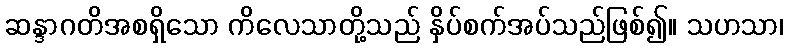
ဆန္ဒာဂတိအစရှိသော ကိလေသာတို့သည် နှိပ်စက်အပ်သည်ဖြစ်၍။ သဟသာ၊